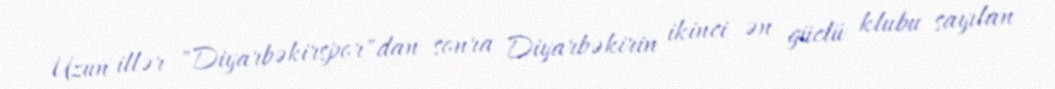
Uzun illər "Diyarbəkirspor"dan sonra Diyarbəkirin ikinci ən güclü klubu sayılan